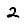
Digit: 2